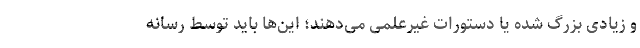
و زیادی بزرگ شده یا دستورات غیرعلمی‌ می‌دهند؛ این‌ها باید توسط رسانه